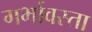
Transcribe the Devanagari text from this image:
गर्भावस्ता